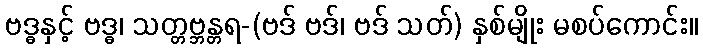
ဗဒ္ဓနှင့် ဗဒ္ဓ၊ သတ္တဗ္ဘန္တရ-(ဗဒ် ဗဒ်၊ ဗဒ် သတ်) နှစ်မျိုး မစပ်ကောင်း။